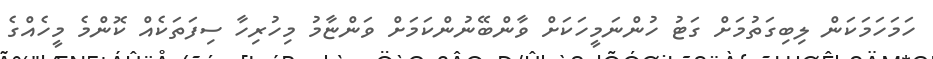
ހަމަހަމަކަން ލިބިގަތުމަށް ގަޓު ހުންނަމީހަކަށް ވާންބޭނުންކަމަށް ވަންޏާމު މިހުރިހާ ސިފަތަކެއް ކޮންމެ މީހެއްގެ